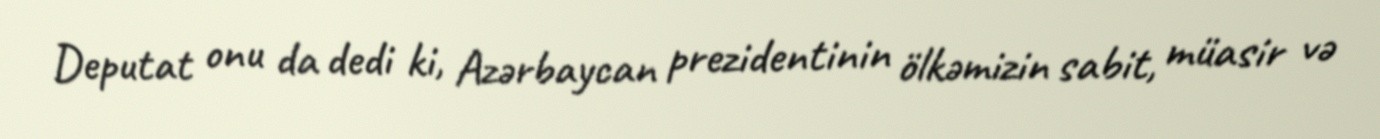
Deputat onu da dedi ki, Azərbaycan prezidentinin ölkəmizin sabit, müasir və